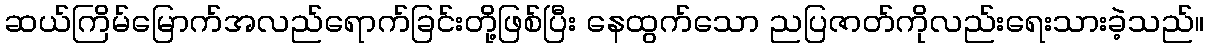
ဆယ်ကြိမ်မြောက်အလည်ရောက်ခြင်းတို့ဖြစ်ပြီး နေထွက်သော ညပြဇာတ်ကိုလည်းရေးသားခဲ့သည်။